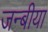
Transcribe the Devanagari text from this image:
जन्बीया